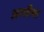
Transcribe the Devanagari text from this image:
अगरीया